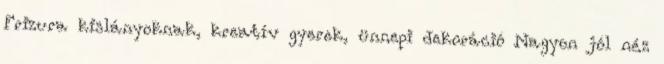
Frizura kislányoknak, kreatív gyerek, ünnepi dekoráció Nagyon jól néz